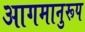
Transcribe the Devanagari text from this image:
आगमानुरूप